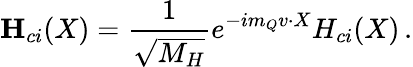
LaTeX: {\mathbf H}_{ci}(X)={\frac{1}{\sqrt{M_{H}}}}e^{-im_{Q}v\cdot X}H_{ci}(X)\, .